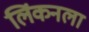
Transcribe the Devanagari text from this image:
लिंकनला